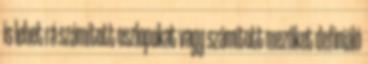
is lehet rá számított oszlopokat vagy számított mezőket definiáló